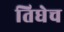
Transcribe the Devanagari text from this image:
तिघेच